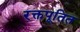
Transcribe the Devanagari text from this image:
रक्तपूतित